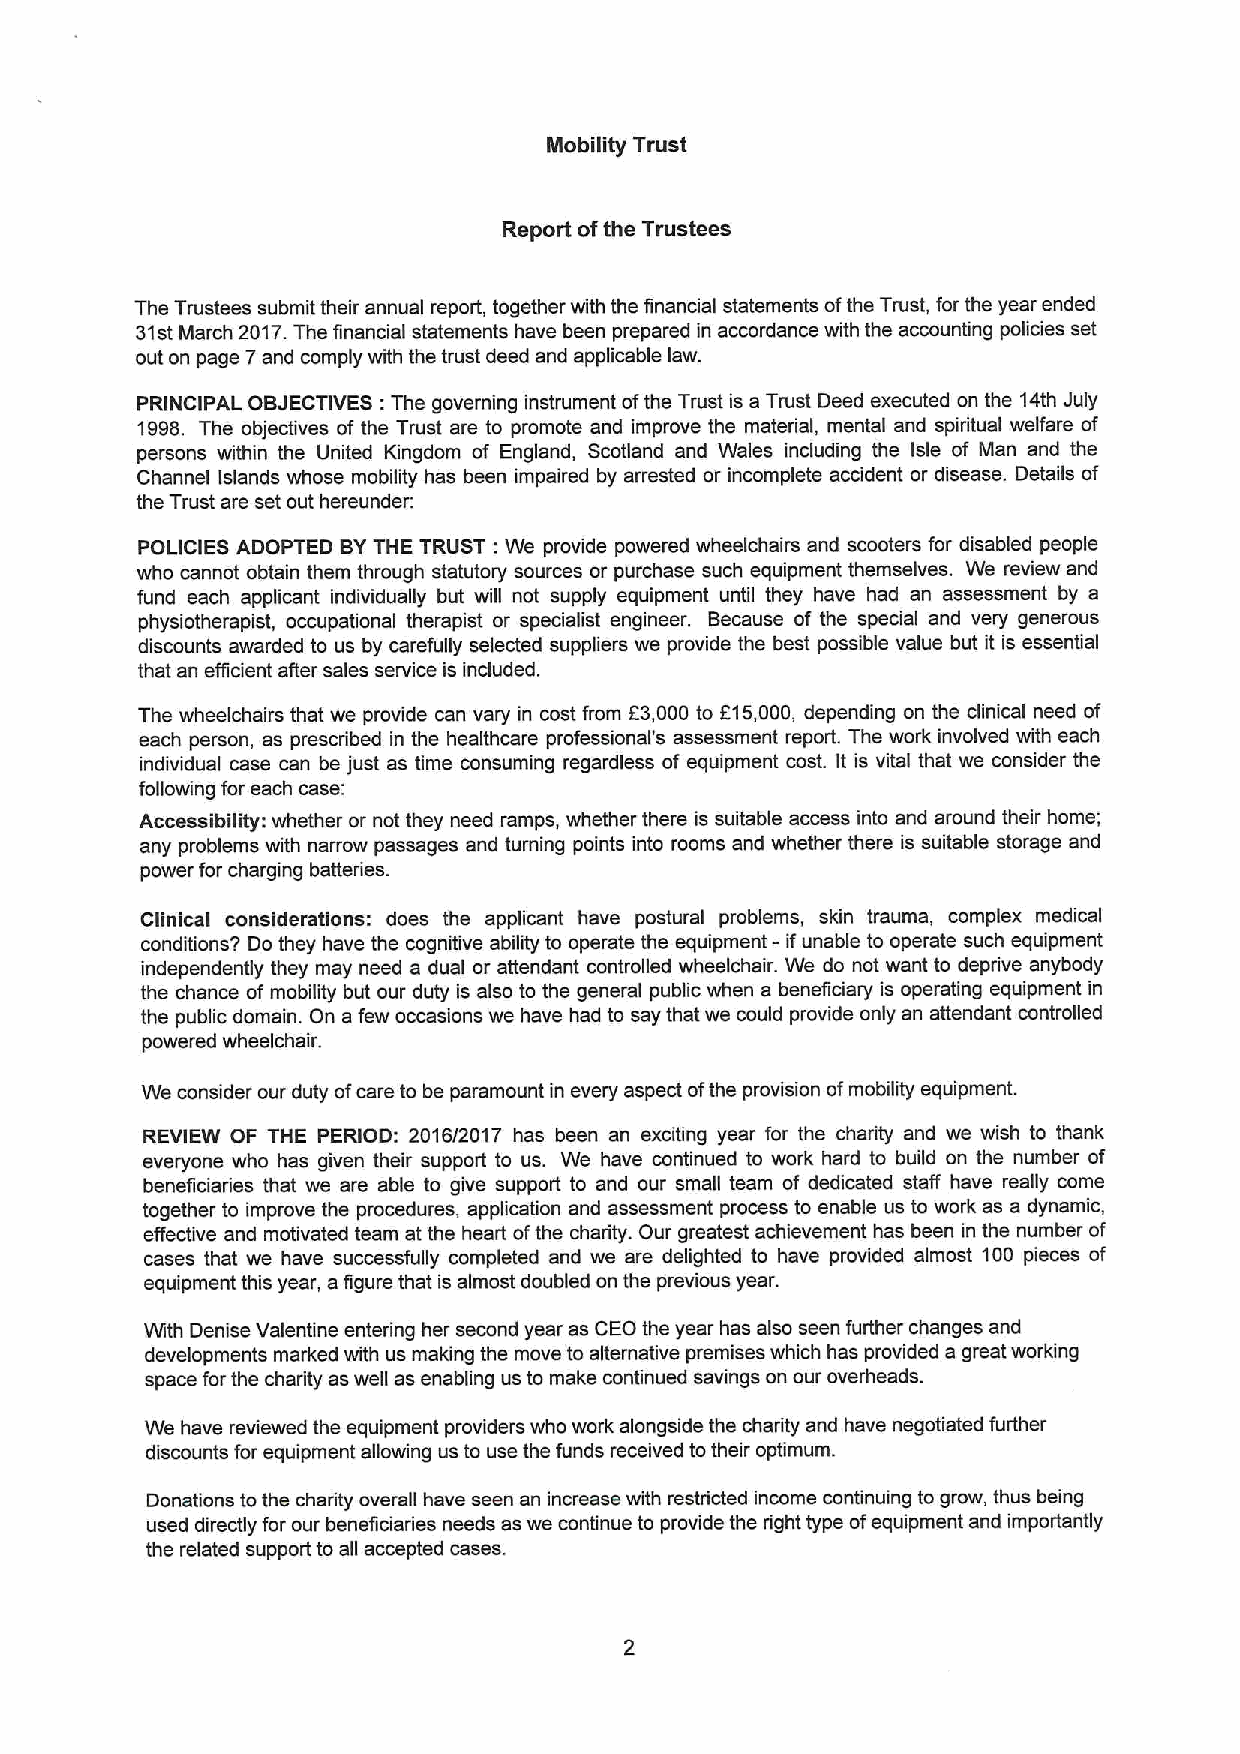
Mobility Trust
 Report ofthe Trustees
 The Trustees submit their annual report, together with the financial statements ofthe Trust, for the year ended
 31stMarch 2017.The financial statements have been prepared in accordance with the accounting policies set
 out on page 7and comply with the trust deed and applicable law.
 PRINCIPAL OBJECTIVES:The governing instrument ofthe Trust is a Trust Deed executed on the 14th July
 1998. The objectives of the Trust are to promote and improve the material, mental and spiritual welfare of
 persons within the United Kingdom of England, Scotland and Wales including the Isle of Man and the
 Channel Islands whose mobility has been impaired by arrested or incomplete accident or disease. Details of
 the Trust are set out hereunder;
 POLICIES ADOPTED BYTHE TRUST: We provide powered wheelchairs and scooters for disabled people
 who cannot obtain them through statutory sources or purchase such equipment themselves. We review and
 fund each applicant individually but will not supply equipment until they have had an assessment by a
 physiotherapist, occupational therapist or specialist engineer. Because of the special and very generous
 discounts awarded to us by carefully selected suppliers we provide the best possible value but it is essential
 that an eflicient after sales service is included.
 The wheelchairs that we provide can vary in cost from E3,000 to F15,000, depending on the clinical need of
 each person, as prescribed in the healthcare professional's assessment report. The work involved with each
 individual case can be just as time consuming regardless of equipment cost. It is vital that we consider the
 following for each case:
 Accessibility: whether or not they need ramps, whether there is suitable access into and around their home;
 any problems with narrow passages and turning points into rooms and whether there is suitable storage and
 power for charging batteries.
 Clinical considerations: does the applicant have postural problems, skin trauma, complex medical
 conditions? Do they have the cognitive ability to operate the equipment- ifunable to operate such equipment
 independently they may need a dual or attendant controlled wheelchair. We do not want to deprive anybody
 the chance of mobility but our duty is also to the general public when a beneficiary is operating equipment in
 the public domain. On a few occasions we have had to say that we could provide only an attendant controlled
 powered wheelchair.
 We consider our duty ofcare to be paramount in every aspect ofthe provision ofmobility equipment.
 REVIEW OF THE PERIOD: 2016/2017 has been an exciting year for the charity and we wish to thank
 everyone who has given their support to us. We have continued to work hard to build on the number of
 beneficiaries that we are able to give support to and our small team of dedicated staff have really come
 together to improve the procedures, application and assessment process to enable us to work as a dynamic,
 effective and motivated team at the heart ofthe charity. Our greatest achievement has been in the number of
 cases that we have successfully completed and we are delighted to have provided almost 100 pieces of
 equipment this year, a figure that is almost doubled on the previous year.
 With Denise Valentine entering her second year as CEO the year has also seen further changes and
 developments marked with us making the move to alternative premises which has provided a great working
 space forthe chai'ity as well as enabling us to make continued savings on our overheads.
 We have reviewed the equipment providers who work alongside the charity and have negotiated further
 discounts for equipment allowing us to use the funds received totheir optimum.
 Donations tothe charity overall have seen an increase with restricted income continuing to grow, thus being
 used directly for our beneficiaries needs as we continue to provide the dight type ofequipment and importantly
 the related support to all accepted cases.